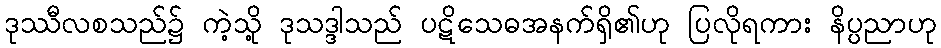
ဒုဿီလစသည်၌ ကဲ့သို့ ဒုသဒ္ဒါသည် ပဋိသေဓအနက်ရှိ၏ဟု ပြလိုရကား နိပ္ပညာဟု